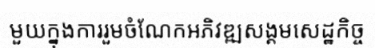
មួយក្នុងការរួមចំណែកអភិវឌ្ឍសង្គមសេដ្ឋកិច្ច